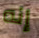
إنه